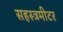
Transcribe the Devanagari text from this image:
सहस्त्रमीटर